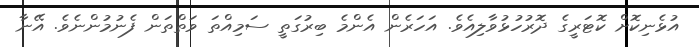
އުޅެނިކޮށް ކޮޓަރީގެ ދޮރުހުޅުވާލިއެވެ. އަހަރެން އެންމެ ބިރުގަތީ ސަމިއްތަ ވަތްތަން ފެނުމުންނެވެ. އޭނާ